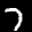
Label: 7